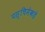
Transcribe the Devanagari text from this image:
पस्चिमेकडे